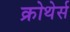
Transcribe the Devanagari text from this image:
क्रोथेर्स